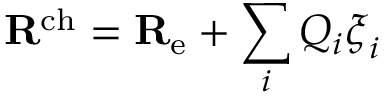
\mathbf { R } ^ { \mathrm { c h } } = \mathbf { R } _ { \mathrm { e } } + \sum _ { i } Q _ { i } \boldsymbol { \xi } _ { i }